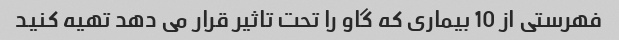
فهرستی از 10 بیماری که گاو را تحت تاثیر قرار می دهد تهیه کنید